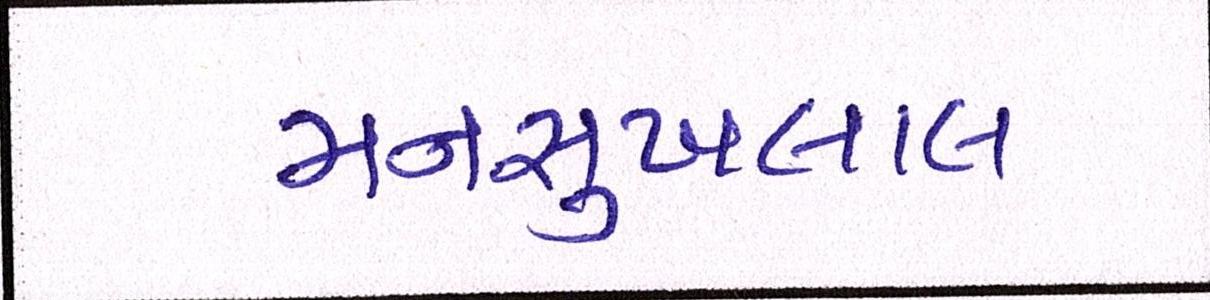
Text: મનસુખલાલ